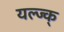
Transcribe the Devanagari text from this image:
यल्ज्क्